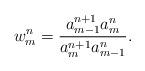
LaTeX: \begin{align*}w_m^n=\frac{a_{m-1}^{n+1} a_m^n}{a_m^{n+1} a_{m-1}^n}. \end{align*}